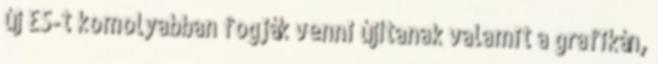
új ES-t komolyabban fogják venni újítanak valamit a grafikán,